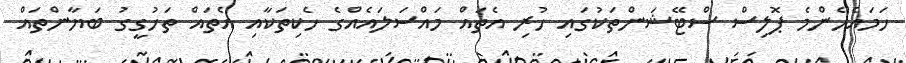
ހަމައެހެންމެ ޕޮލިސް ސްޓޭޝަންތަކުގައި ހުރި އެތައް މައްސަލައެއްގެ ހެކިތަކާއި އެތައް ތަހުގީގު ބަޔާންތައް